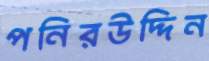
পনিরউদ্দিন